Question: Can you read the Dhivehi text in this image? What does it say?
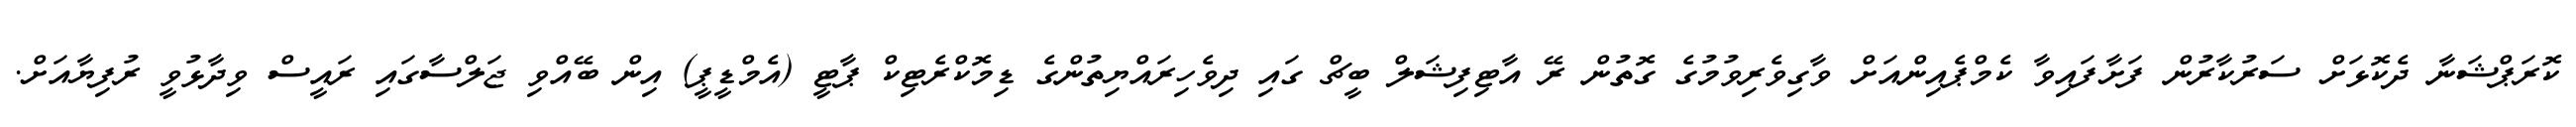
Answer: ކޮރަޕްޝަނާ ދެކޮޅަށް ސަރުކާރުން ފަށާފައިވާ ކެމްޕެއިންއަށް ވާގިވެރިވުމުގެ ގޮތުން ރޭ އާޓިފިޝަލް ބީޗް ގައި ދިވެހިރައްޔިތުންގެ ޑިމޮކްރެޓިކް ޕާޓީ (އެމްޑީޕީ) އިން ބޭއްވި ޖަލްސާގައި ރައީސް ވިދާޅުވީ ރުފިޔާއަށް.